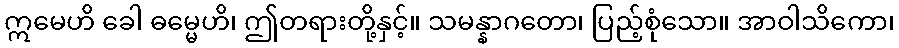
ဣမေဟိ ခေါ ဓမ္မေဟိ၊ ဤတရားတို့နှင့်။ သမန္နာဂတော၊ ပြည့်စုံသော။ အာဝါသိကော၊